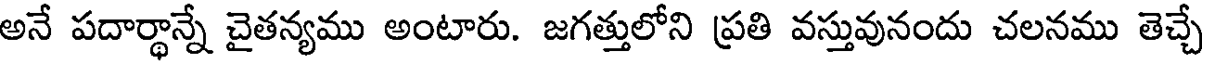
అనే పదార్థాన్నే చైతన్యము అంటారు. జగత్తులోని ప్రతి వస్తువునందు చలనము తెచ్చే